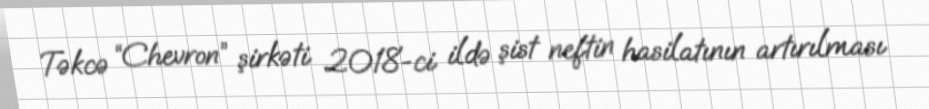
Təkcə “Chevron” şirkəti 2018-ci ildə şist neftin hasilatının artırılması